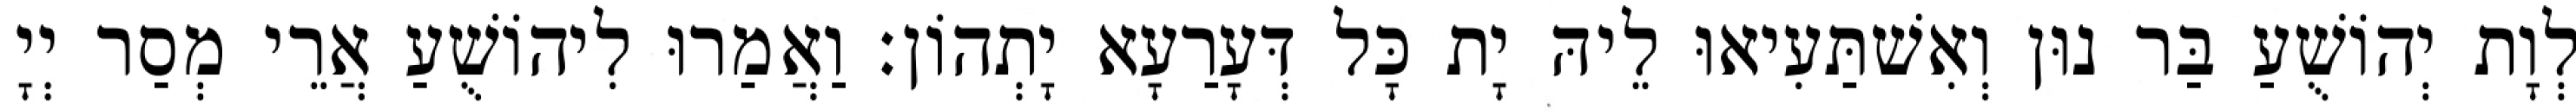
לְוָת יְהוֹשֻׁעַ בַּר נוּן וְאִשׁתַּעִיאוּ לֵיהּ יָת כָּל דְּעָרַעָא יָתְהוֹן׃ וַאֲמַרוּ לִיהוֹשֻׁעַ אֲרֵי מְסַר יְיָ